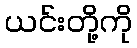
ယင်းတို့ကို